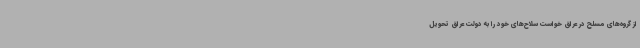
از گروه‌های مسلح در عراق خواست سلاح‌های خود را به دولت عراق تحویل